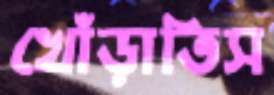
খোঁড়াতিস